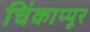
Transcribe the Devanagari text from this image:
चिंकाप्पूर